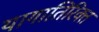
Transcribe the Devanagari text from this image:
यागातिरिक्त